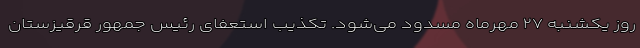
روز یکشنبه ۲۷ مهرماه مسدود می‌شود. تکذیب استعفاى رئیس جمهور قرقیزستان